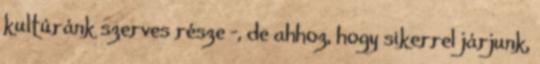
kultúránk szerves része -, de ahhoz, hogy sikerrel járjunk,